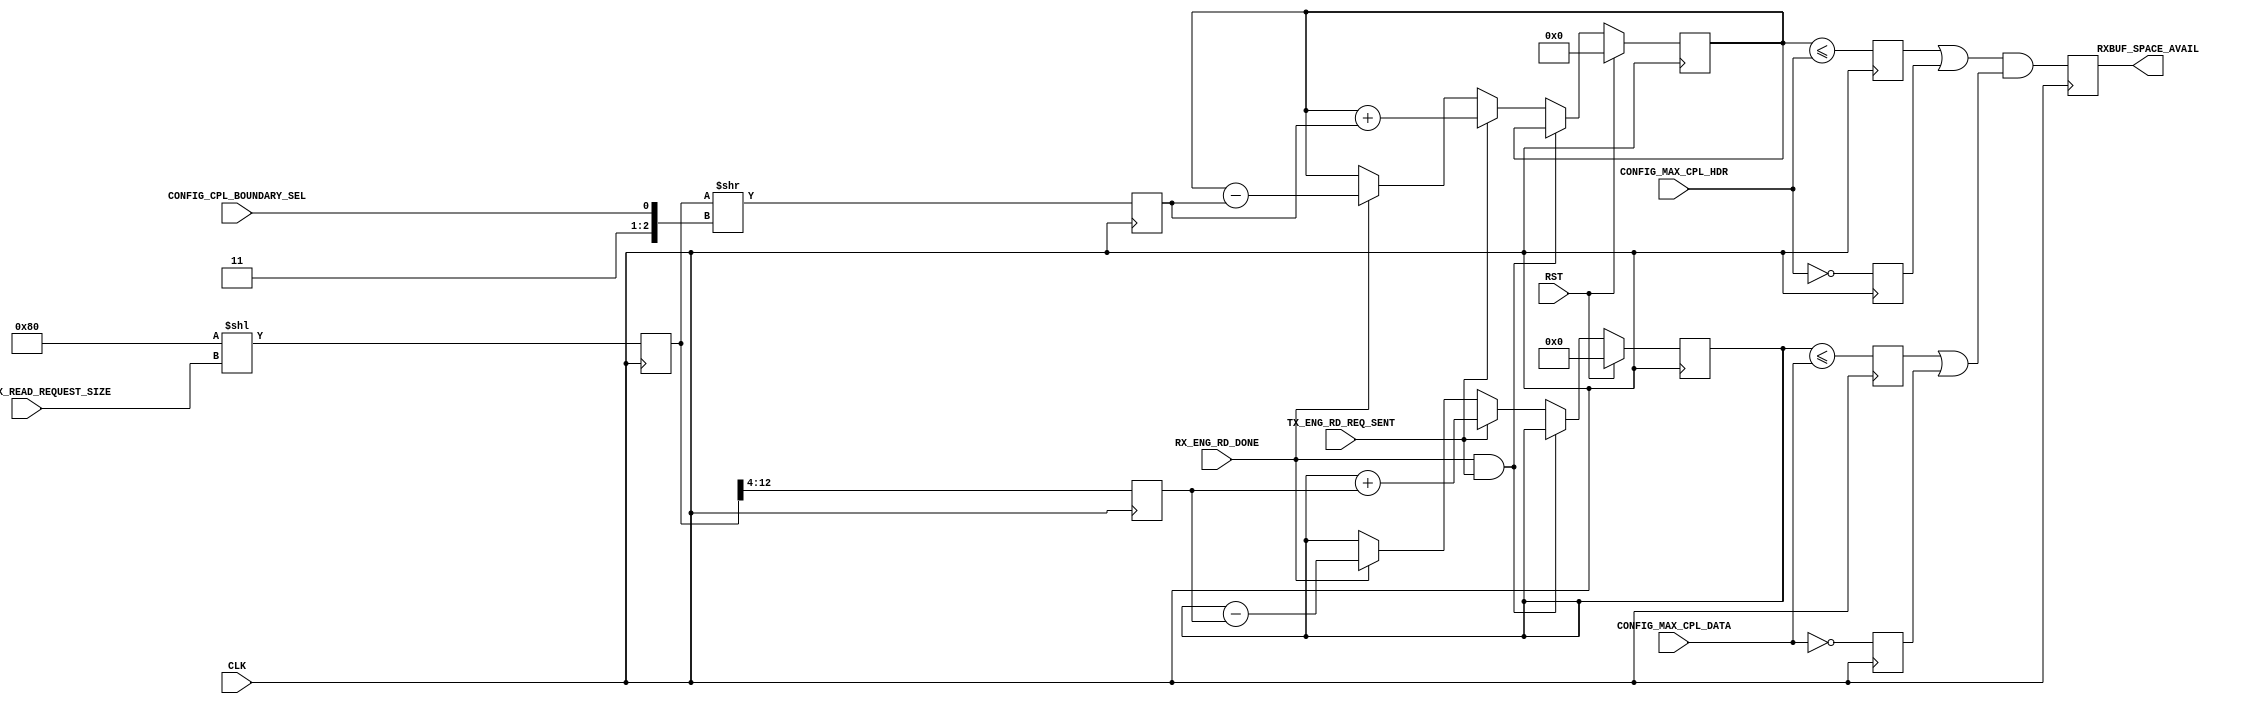
// ----------------------------------------------------------------------
// Copyright (c) 2015, The Regents of the University of California All
// rights reserved.
// 
// Redistribution and use in source and binary forms, with or without
// modification, are permitted provided that the following conditions are
// met:
// 
//     * Redistributions of source code must retain the above copyright
//       notice, this list of conditions and the following disclaimer.
// 
//     * Redistributions in binary form must reproduce the above
//       copyright notice, this list of conditions and the following
//       disclaimer in the documentation and/or other materials provided
//       with the distribution.
// 
//     * Neither the name of The Regents of the University of California
//       nor the names of its contributors may be used to endorse or
//       promote products derived from this software without specific
//       prior written permission.
// 
// THIS SOFTWARE IS PROVIDED BY THE COPYRIGHT HOLDERS AND CONTRIBUTORS
// "AS IS" AND ANY EXPRESS OR IMPLIED WARRANTIES, INCLUDING, BUT NOT
// LIMITED TO, THE IMPLIED WARRANTIES OF MERCHANTABILITY AND FITNESS FOR
// A PARTICULAR PURPOSE ARE DISCLAIMED. IN NO EVENT SHALL REGENTS OF THE
// UNIVERSITY OF CALIFORNIA BE LIABLE FOR ANY DIRECT, INDIRECT,
// INCIDENTAL, SPECIAL, EXEMPLARY, OR CONSEQUENTIAL DAMAGES (INCLUDING,
// BUT NOT LIMITED TO, PROCUREMENT OF SUBSTITUTE GOODS OR SERVICES; LOSS
// OF USE, DATA, OR PROFITS; OR BUSINESS INTERRUPTION) HOWEVER CAUSED AND
// ON ANY THEORY OF LIABILITY, WHETHER IN CONTRACT, STRICT LIABILITY, OR
// TORT (INCLUDING NEGLIGENCE OR OTHERWISE) ARISING IN ANY WAY OUT OF THE
// USE OF THIS SOFTWARE, EVEN IF ADVISED OF THE POSSIBILITY OF SUCH
// DAMAGE.
// ----------------------------------------------------------------------
//----------------------------------------------------------------------------
// Version:             1.00.a
// Verilog Standard:    Verilog-2001
// Description:     Monitors the receive completion credits for headers and
//          data to make sure the rx_port modules don't request too 
//          much data from the root complex, as this could result in
//          some data being dropped/lost.
// History:     @mattj: Version 2.0
//-----------------------------------------------------------------------------
`timescale 1ns/1ns
module recv_credit_flow_ctrl
    (
     input        CLK,
     input        RST,
     input [2:0]  CONFIG_MAX_READ_REQUEST_SIZE, // Maximum read payload: 000=128B, 001=256B, 010=512B, 011=1024B, 100=2048B, 101=4096B
     input [11:0] CONFIG_MAX_CPL_DATA, // Receive credit limit for data
     input [7:0]  CONFIG_MAX_CPL_HDR, // Receive credit limit for headers
     input        CONFIG_CPL_BOUNDARY_SEL, // Read completion boundary (0=64 bytes, 1=128 bytes)w
     input        RX_ENG_RD_DONE, // Read completed
     input        TX_ENG_RD_REQ_SENT, // Read completion request issued
     output       RXBUF_SPACE_AVAIL // High if enough read completion credits exist to make a read completion request
     );

    reg           rCreditAvail=0;
    reg           rCplDAvail=0;
    reg           rCplHAvail=0;
    reg [12:0]    rMaxRecv=0;
    reg [11:0]    rCplDAmt=0;
    reg [7:0]     rCplHAmt=0;
    reg [11:0]    rCplD=0;
    reg [7:0]     rCplH=0;

    reg           rInfHCred; // TODO: Altera uses sideband signals (would have been more convenient, thanks Xilinx!)
    reg           rInfDCred; // TODO: Altera uses sideband signals (would have been more convenient, thanks Xilinx!)
    

    assign RXBUF_SPACE_AVAIL = rCreditAvail;

    // Determine the completions required for a max read completion request.
    always @(posedge CLK) begin
        rInfHCred <= (CONFIG_MAX_CPL_HDR == 0);
        rInfDCred <= (CONFIG_MAX_CPL_DATA == 0);
        rMaxRecv <= #1 (13'd128<<CONFIG_MAX_READ_REQUEST_SIZE);
        rCplHAmt <= #1 (rMaxRecv>>({2'b11, CONFIG_CPL_BOUNDARY_SEL}));
        rCplDAmt <= #1 (rMaxRecv>>4);
        rCplHAvail <= #1 (rCplH <= CONFIG_MAX_CPL_HDR);
        rCplDAvail <= #1 (rCplD <= CONFIG_MAX_CPL_DATA);
        rCreditAvail <= #1 ((rCplHAvail|rInfHCred) & (rCplDAvail | rInfDCred));
    end

    // Count the number of outstanding read completion requests.
    always @ (posedge CLK) begin
        if (RST) begin
            rCplH <= #1 0;
            rCplD <= #1 0;
        end
        else if (RX_ENG_RD_DONE & TX_ENG_RD_REQ_SENT) begin
            rCplH <= #1 rCplH;
            rCplD <= #1 rCplD;
        end
        else if (TX_ENG_RD_REQ_SENT) begin
            rCplH <= #1 rCplH + rCplHAmt;
            rCplD <= #1 rCplD + rCplDAmt;
        end
        else if (RX_ENG_RD_DONE) begin
            rCplH <= #1 rCplH - rCplHAmt;
            rCplD <= #1 rCplD - rCplDAmt;
        end
    end

endmodule